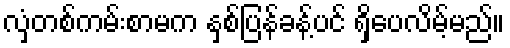
လှံတစ်ကမ်းစာမက နှစ်ပြန်ခန့်ပင် ရှိပေလိမ့်မည်။